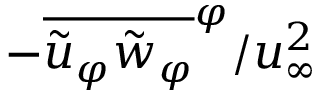
- \overline { { \tilde { u } _ { \varphi } \tilde { w } _ { \varphi } } } ^ { \varphi } / u _ { \infty } ^ { 2 }